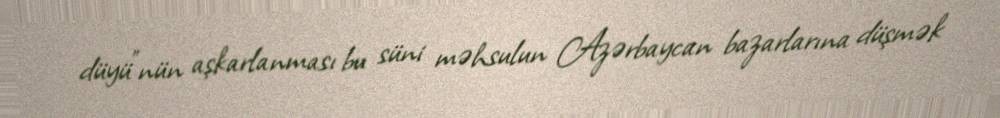
düyü”nün aşkarlanması bu süni məhsulun Azərbaycan bazarlarına düşmək